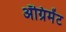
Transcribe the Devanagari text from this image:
ॲग्रिमेंट